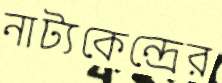
নাট্যকেন্দ্রের